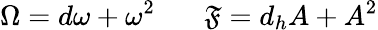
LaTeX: \Omega=d\omega+\omega^{2}\ \ \ \ \ \ \ \mathfrak{F}=d_{h}A+A^{2}